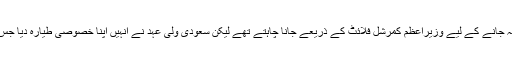
اس دورے کے بعد امریکہ جانے کے لیے وزیراعظم کمرشل فلائٹ کے ذریعے جانا چاہتے تھے لیکن سعودی ولی عہد نے انہیں اپنا خصوصی طیارہ دیا جس پر وہ امریکہ گئے تھے۔